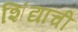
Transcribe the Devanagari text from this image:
शिंद्याची